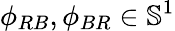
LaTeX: \phi_{RB},\phi_{BR}\in\mathbb{S}^{1}